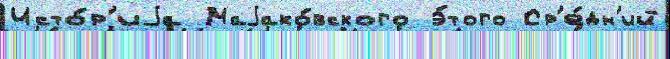
Исто́р'иjа Маjако́вского э́того Ср'е́дн'ий